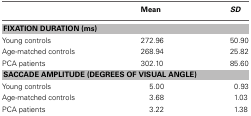
<table><thead><tr><td></td><td><b>Mean</b></td><td><b><i>SD</i></b></td></tr></thead><tbody><tr><td colspan="3"><b>FIXATION DURATION (ms)</b></td></tr><tr><td>Young controls</td><td>272.96</td><td>50.90</td></tr><tr><td>Age-matched controls</td><td>268.94</td><td>25.82</td></tr><tr><td>PCA patients</td><td>302.10</td><td>85.60</td></tr><tr><td colspan="3"><b>SACCADE AMPLITUDE (DEGREES OF VISUAL ANGLE)</b></td></tr><tr><td>Young controls</td><td>5.00</td><td>0.93</td></tr><tr><td>Age-matched controls</td><td>3.68</td><td>1.03</td></tr><tr><td>PCA patients</td><td>3.22</td><td>1.38</td></tr></tbody></table>